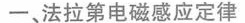
一、法拉第电磁感应定律